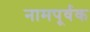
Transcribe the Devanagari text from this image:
नामपूर्वक